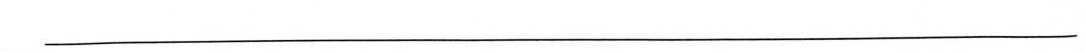
___